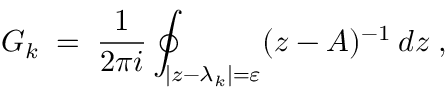
G _ { k } \; = \; \frac { 1 } { 2 \pi i } \oint _ { | z - \lambda _ { k } | = \varepsilon } ( z - A ) ^ { - 1 } \: d z \; ,